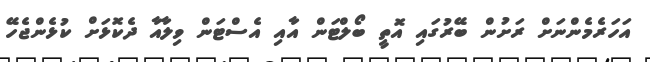
އަހަރެމެންނަށް ރަށުން ބޭރުގައި އޮތީ ބޯލްޓަން އާއި އެސްޓަން ވިލާއާ ދެކޮޅަށް ކުޅެންޖެހޭ